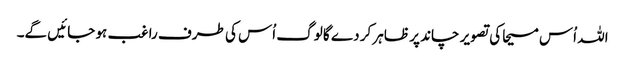
اللہ اُس مسیحا کی تصویر چاند پر ظاہر کر دے گا لوگ اُس کی طرف راغب ہو جائیں گے۔